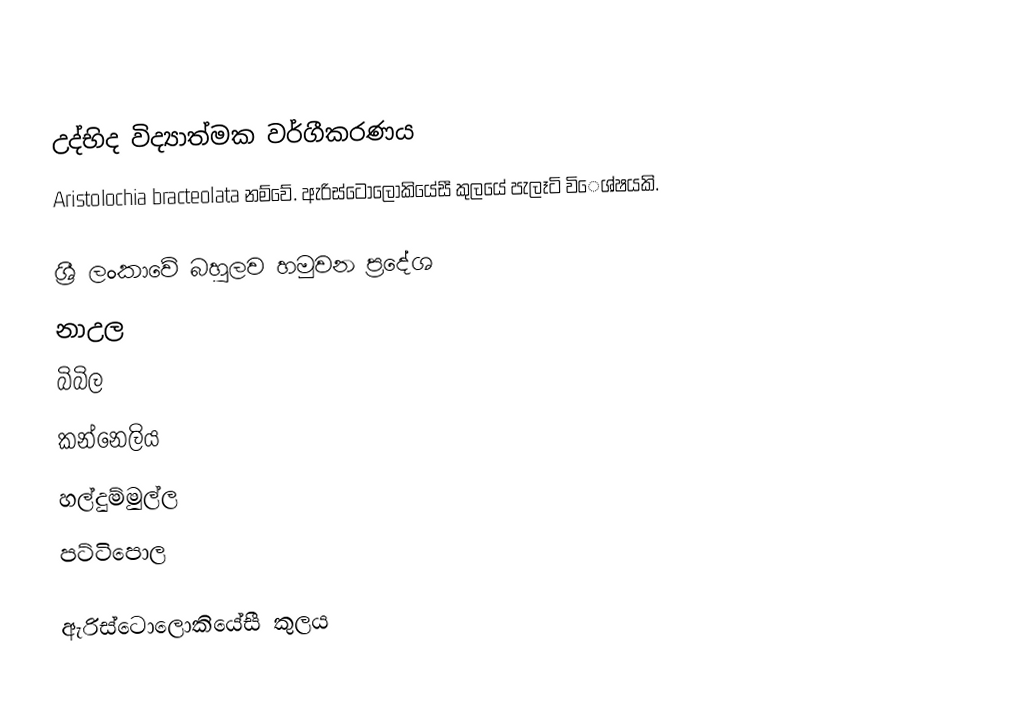

උද්භිද විද්‍යාත්මක වර්ගීකරණය
Aristolochia bracteolata නම්වේ. ඇරිස්ටොලොකියේසී කුලයේ පැලෑටි විෙශ්ෂයකි.

ශ්‍රී ලංකාවේ බහුලව හමුවන ප්‍රදේශ
 නාඋල
 බිබිල
 කන්නෙලිය
 හල්දුම්මුල්ල
 පට්ටිපොල

ඇරිස්ටොලොකියේසී කුලය